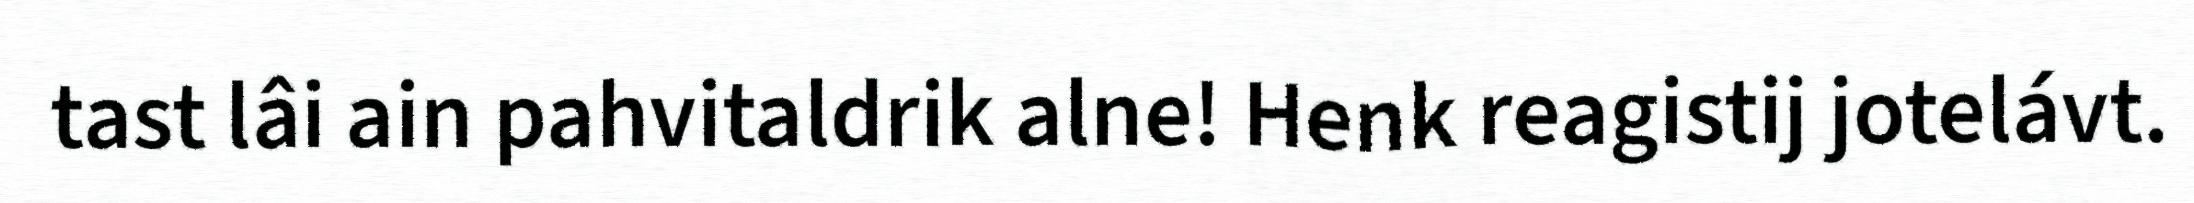
tast lâi ain pahvitaldrik alne! Henk reagistij jotelávt.